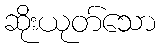
ဆိုးယုတ်သော